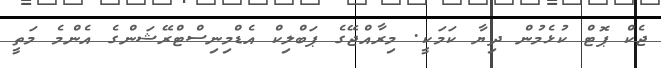
ޖެކް ޕޮޓް ކުޅެމުން ދިޔާ ކަމަކީ. މިރާއްޖޭގެ ޕަބްލިކް އެޑްމިނިސްޓްރޭޝަންގެ އެންމެ މަތީ